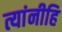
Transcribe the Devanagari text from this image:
त्यांनीहि